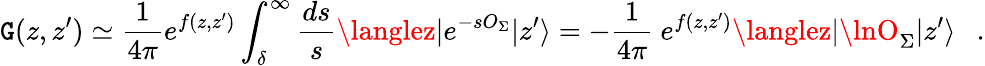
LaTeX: {\cal\mathtt{G}}(z,z^{\prime})\simeq{\frac{{1}}{{4\pi}}}e^{f(z,z^{\prime})}\int_{\delta}^{\infty}{\frac{{ds}}{{s}}}\langlez|e^{-sO_{\Sigma}}|z^{\prime}\rangle=-{\frac{{1}}{{4\pi}}}~e^{f(z,z^{\prime})}\langlez|\lnO_{\Sigma}|z^{\prime}\rangle~~~.